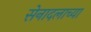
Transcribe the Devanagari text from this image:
सेनादलाच्या